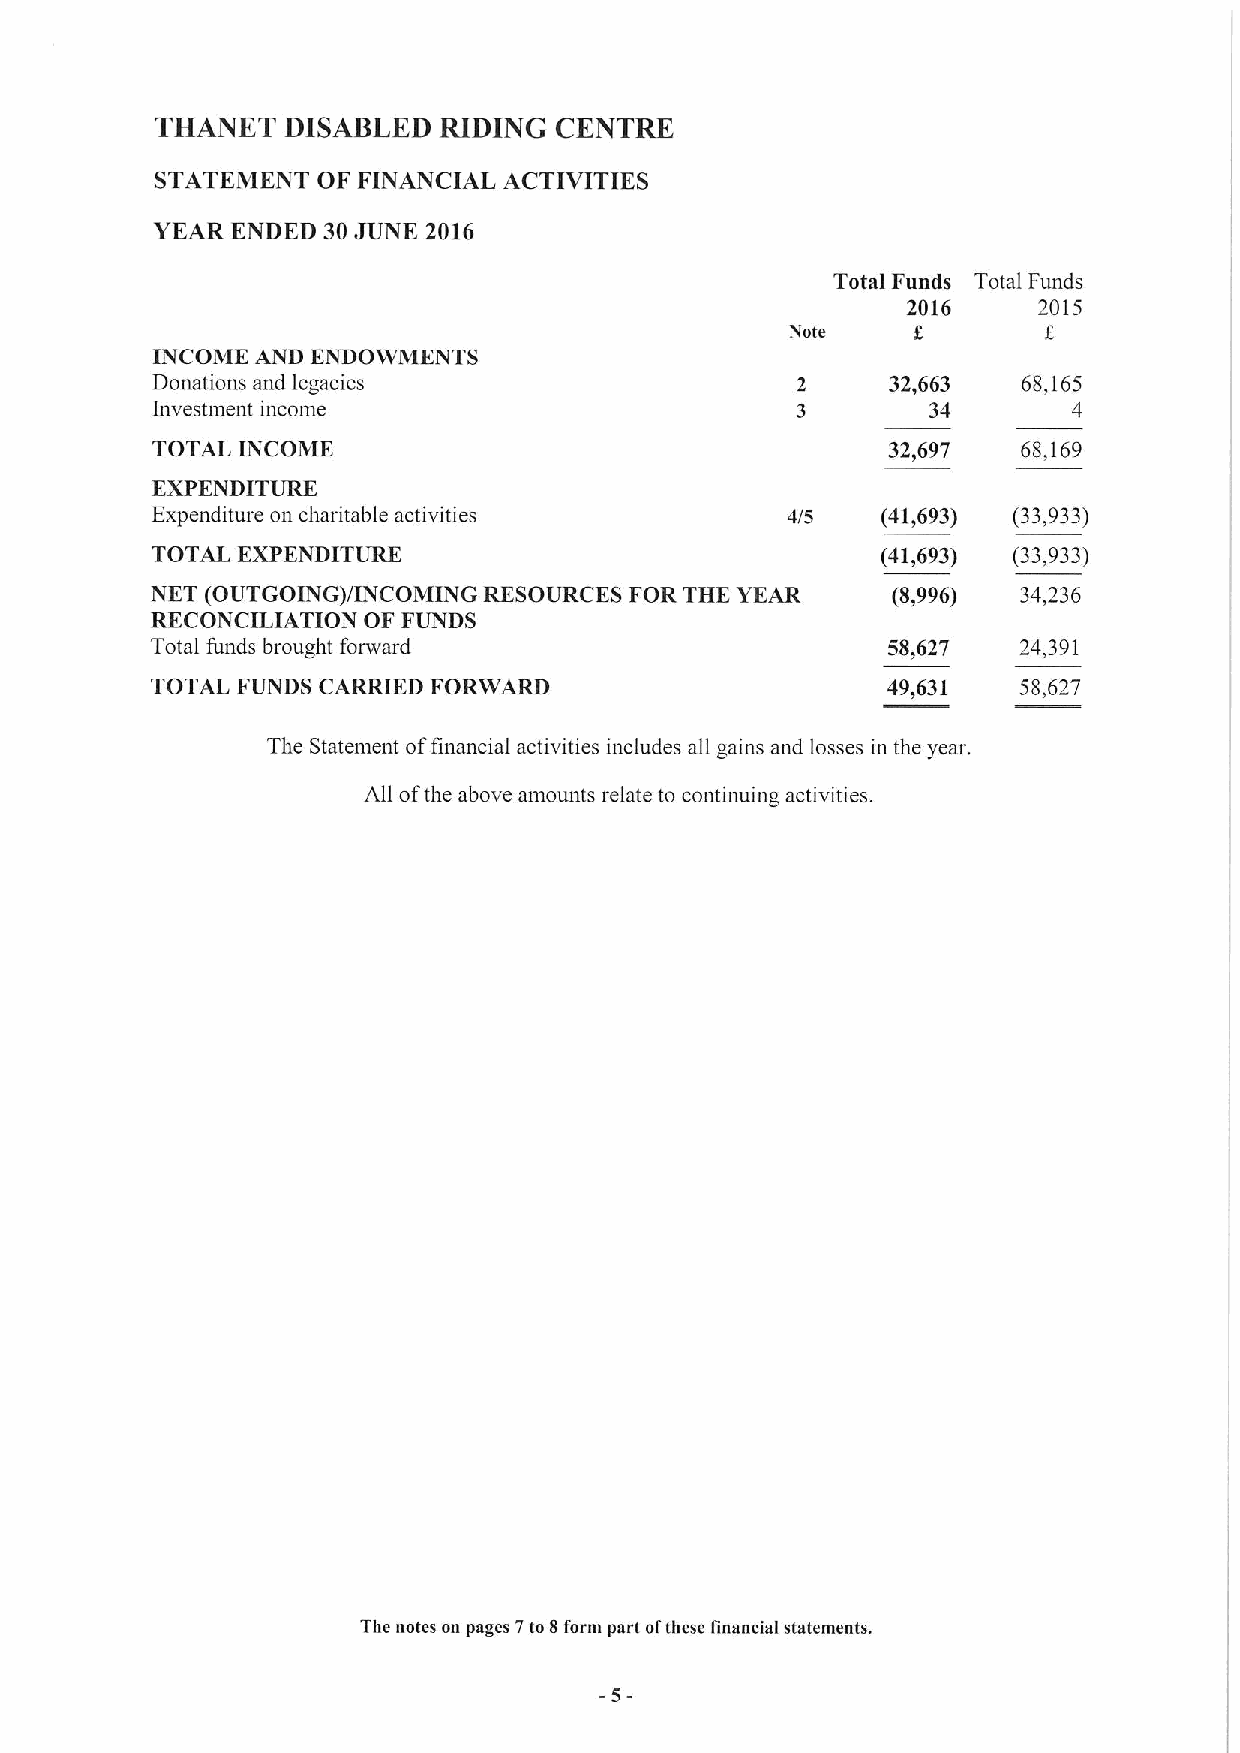
THANET   DISABLED  RIDING  CENTRE
 STATEMENT  OF FINANCIAL ACTIVITIES
 YEAR ENDED 30JUNE 2016
 Total Funds Total Funds
 2016     2015
 Note
 INCOME AND ENDOWMENTS
 Donations and legacies                           32,663   68,165
 Investment income                                  34        4
 TOTAL INCOME                                     32,697   68,169
 EXPENDITURE
 Expenditure on charitable activities      4/5   (41,693) (33,933)
 TOTAL EXPENDITURE                               (41,693) (33,933)
 NKT (OUTGOING)/INCOMING RESOURCES FOR THK YEAR   (8,996)  34,236
 RECONCILIATION OF FUNDS
 Total funds brought forward                      58,627  24,391
 TOTAL FUNDS CARRIED FORWARD                      49,631   58,627
 The Statement offinancial activities includes all gains and losses in the year.
 All ofthe above amounts relate to continuing activities.
 The notes on pages 7to 8form part ofthese tinaneial statements.